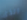
الذي